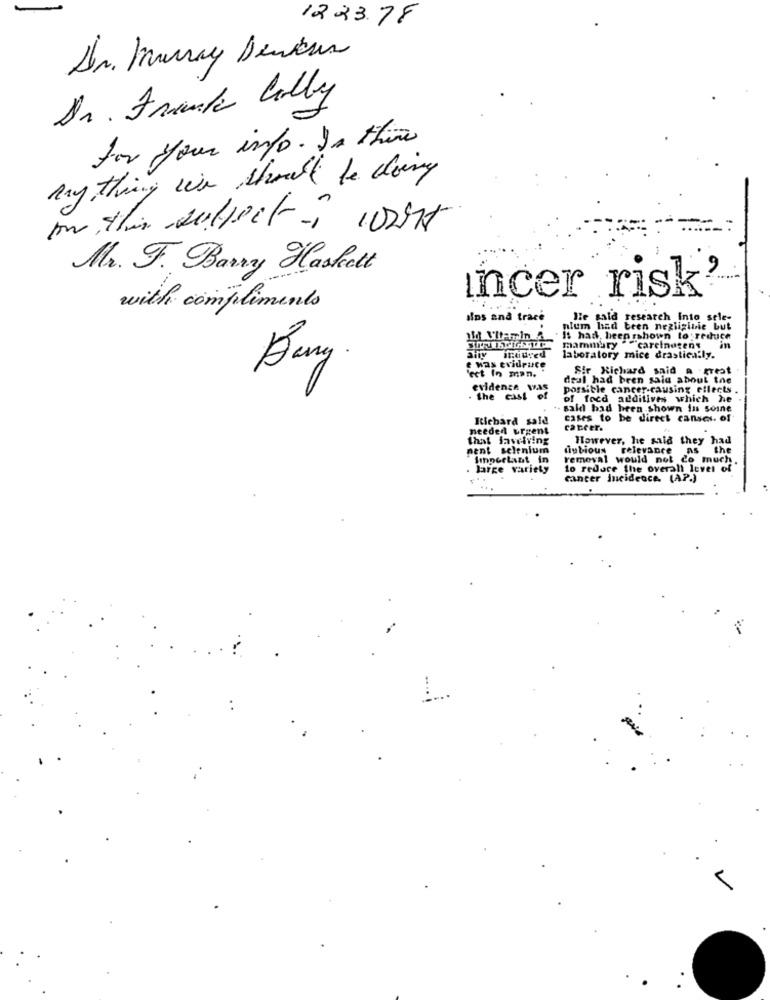
1223.78
Dr. Murray Denkur
Dr. Frank Colly
for your info. In this
my thing we should be doing
Mr. F. Barry Haskett
incer risk'
with compliments
ins and trace
Ile gald research Into sele-
nium had been negligible but
It had, been shown to reduce
mammary " "carcinogens
in
Bary .
e was evidruce
laboratory mice drastically.
'ect In man.
Sir Richard said a great
deal had been said about the
evidence was
possible cancer-causing ellects .
the cast of
of focd additives which he
sald had been shown in soine
Richard said
cases to be direct canses. of
needed urgent
cancer.
that favelving
However, he said they had
nent selenium
dubious
relevance
the
removal would not co much.
large variety
to reduce the overall level of
cancer jneidence. (AP.)